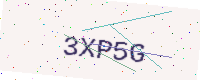
Text: 3XP5G